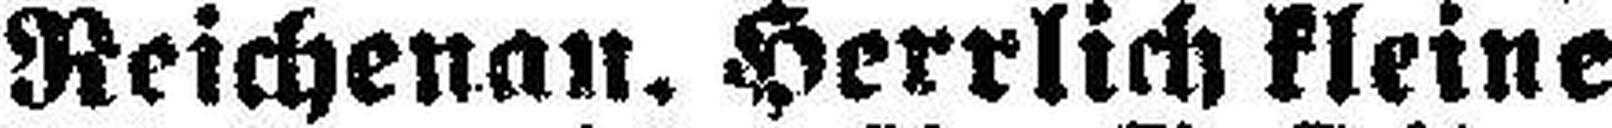
Reichenau. Herrlich kleine